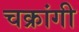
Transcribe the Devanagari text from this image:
चक्रांगी